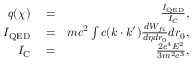
\begin{array} { r l r } { q ( \chi ) } & { { } = } & { \frac { I _ { \mathrm { Q E D } } } { I _ { \mathrm { C } } } , } \\ { I _ { \mathrm { Q E D } } } & { { } = } & { m c ^ { 2 } \int c ( k \cdot k ^ { \prime } ) \frac { d W _ { f i } } { d \eta d r _ { 0 } } d r _ { 0 } , } \\ { I _ { \mathrm { C } } } & { { } = } & { \frac { 2 e ^ { 4 } E ^ { 2 } } { 3 m ^ { 2 } c ^ { 3 } } , } \end{array}